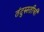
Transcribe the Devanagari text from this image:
तंदुरुस्तीची